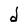
Character: d